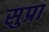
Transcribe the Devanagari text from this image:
सुप्रा